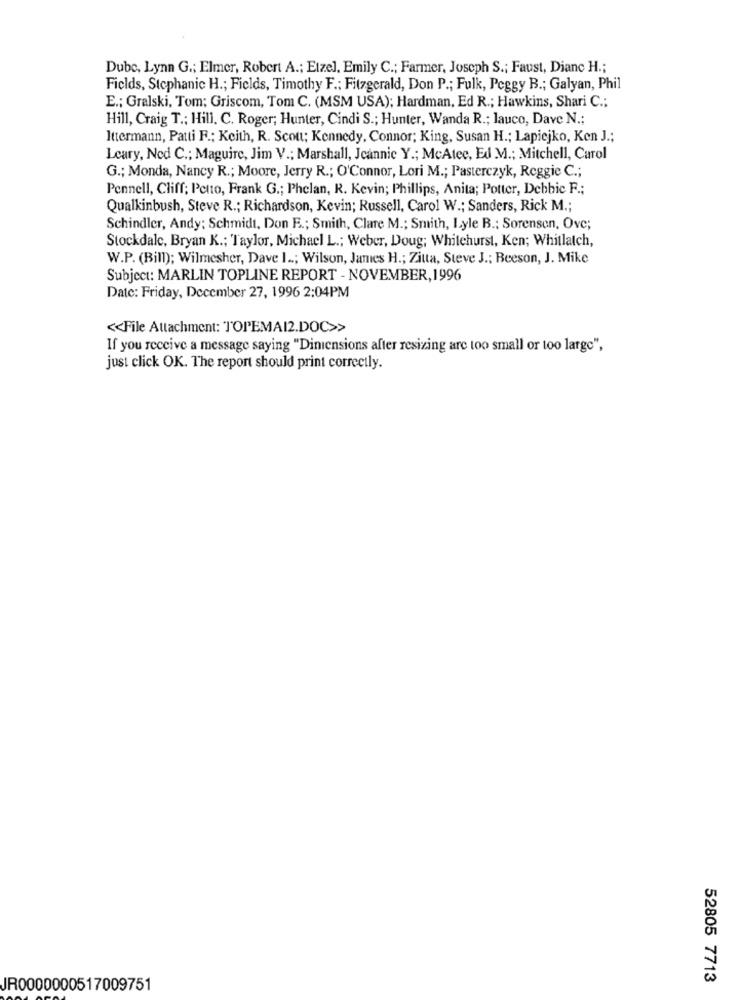
Dube, Lynn G .; Elmer, Robert A .; Etzel, Emily C .; Farmer, Joseph S .; Faust, Dianc H .;
Fields, Stephanic H .; Fields, Timothy F .: Fitzgerald, Don P .; Fulk, Peggy B .; Galyan, Phil
E .; Gralski, Tom; Griscom, Tom C. (MSM USA); Hardman, Ed R .; Hawkins, Shari C .;
Hill, Craig T .; Hill. C. Roger; Hunter, Cindi S .; Hunter, Wanda R .; lauco, Dave N .:
Ittermann, Patti F .; Keith, R. Scott; Kennedy, Connor; King, Susan H .; Lapiejko, Ken J .;
Leary, Ned C .: Maguire, Jim V .; Marshall, Jeannie Y .; McAtec, Ed M .; Mitchell, Carol
G .; Monda, Nancy R .; Moore, Jerry R .; O'Connor, Lori M .; Pasterczyk, Reggie C .;
Pennell, Cliff; Petto, Frank G .; Phelan, R. Kevin; Phillips, Anita; Potter, Debbie F .;
Qualkinbush, Steve R .; Richardson, Kevin; Russell, Carol W .; Sanders, Rick M .;
Schindler, Andy: Schmidt, Don F .; Smith, Clare M .; Smith, Lyle B .; Sorensen, Ove;
Stockdale, Bryan K .; Taylor, Michael L .; Weber, Doug; Whitehurst, Ken; Whitlatch,
W.P. (Bill); Wilmesher, Dave 1 ..; Wilson, James H .; Zitta, Steve J .; Beeson, J. Mike
Subject: MARLIN TOPLINE REPORT - NOVEMBER, 1996
Date: Friday, December 27, 1996 2:04PM
<< File Attachment: TOPEMAI2.DOC>>
If you receive a message saying "Dimensions after resizing are too small or too large",
just click OK. The report should print correctly.
52805 7713
JR0000000517009751